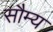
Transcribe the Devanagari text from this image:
सौम्‍य